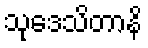
သုဒေသိတာနိ